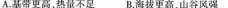
A.基带更高，热量不足B.海拔更高，山谷风强